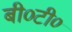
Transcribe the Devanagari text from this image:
बी०टी०